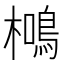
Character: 𭬖